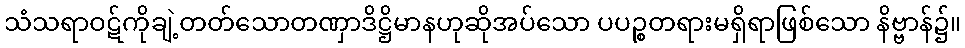
သံသရာဝဋ်ကိုချဲ့တတ်သောတဏှာဒိဋ္ဌိမာနဟုဆိုအပ်သော ပပဉ္စတရားမရှိရာဖြစ်သော နိဗ္ဗာန်၌။